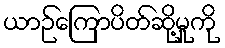
ယာဉ်ကြောပိတ်ဆို့မှုကို